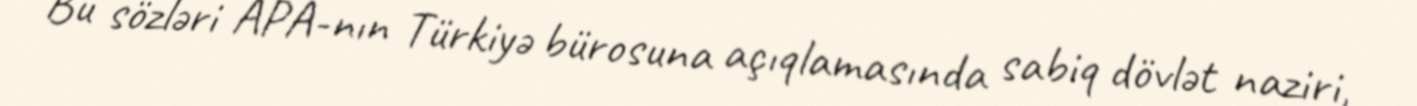
Bu sözləri APA-nın Türkiyə bürosuna açıqlamasında sabiq dövlət naziri,